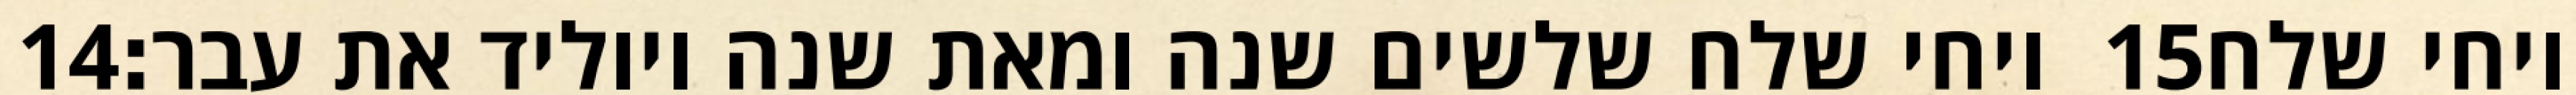
‎14‏ ויחי שלח שלשים שנה ומאת שנה ויוליד את עבר׃ ‎15‏ ויחי שלח